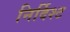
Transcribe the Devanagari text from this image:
निर्दिश्ट